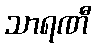
သာရဏီ